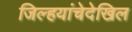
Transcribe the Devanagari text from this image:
जिल्हयांचेदेखिल